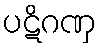
ပဋိဂဏှ